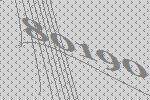
80190